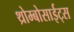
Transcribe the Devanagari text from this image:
थ्रोम्बोसाईट्स